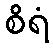
စိရံ